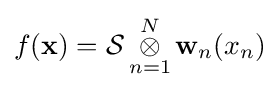
f(\mathbf {x} )={\mathcal {S}}\mathop {\otimes } _{n=1}^{N}\mathbf {w} _{n}(x_{n})